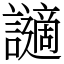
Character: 讁